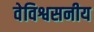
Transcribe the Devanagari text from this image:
वेविश्वसनीय